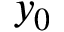
y _ { 0 }